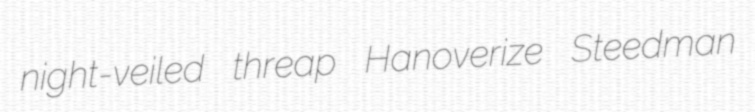
night-veiled threap Hanoverize Steedman